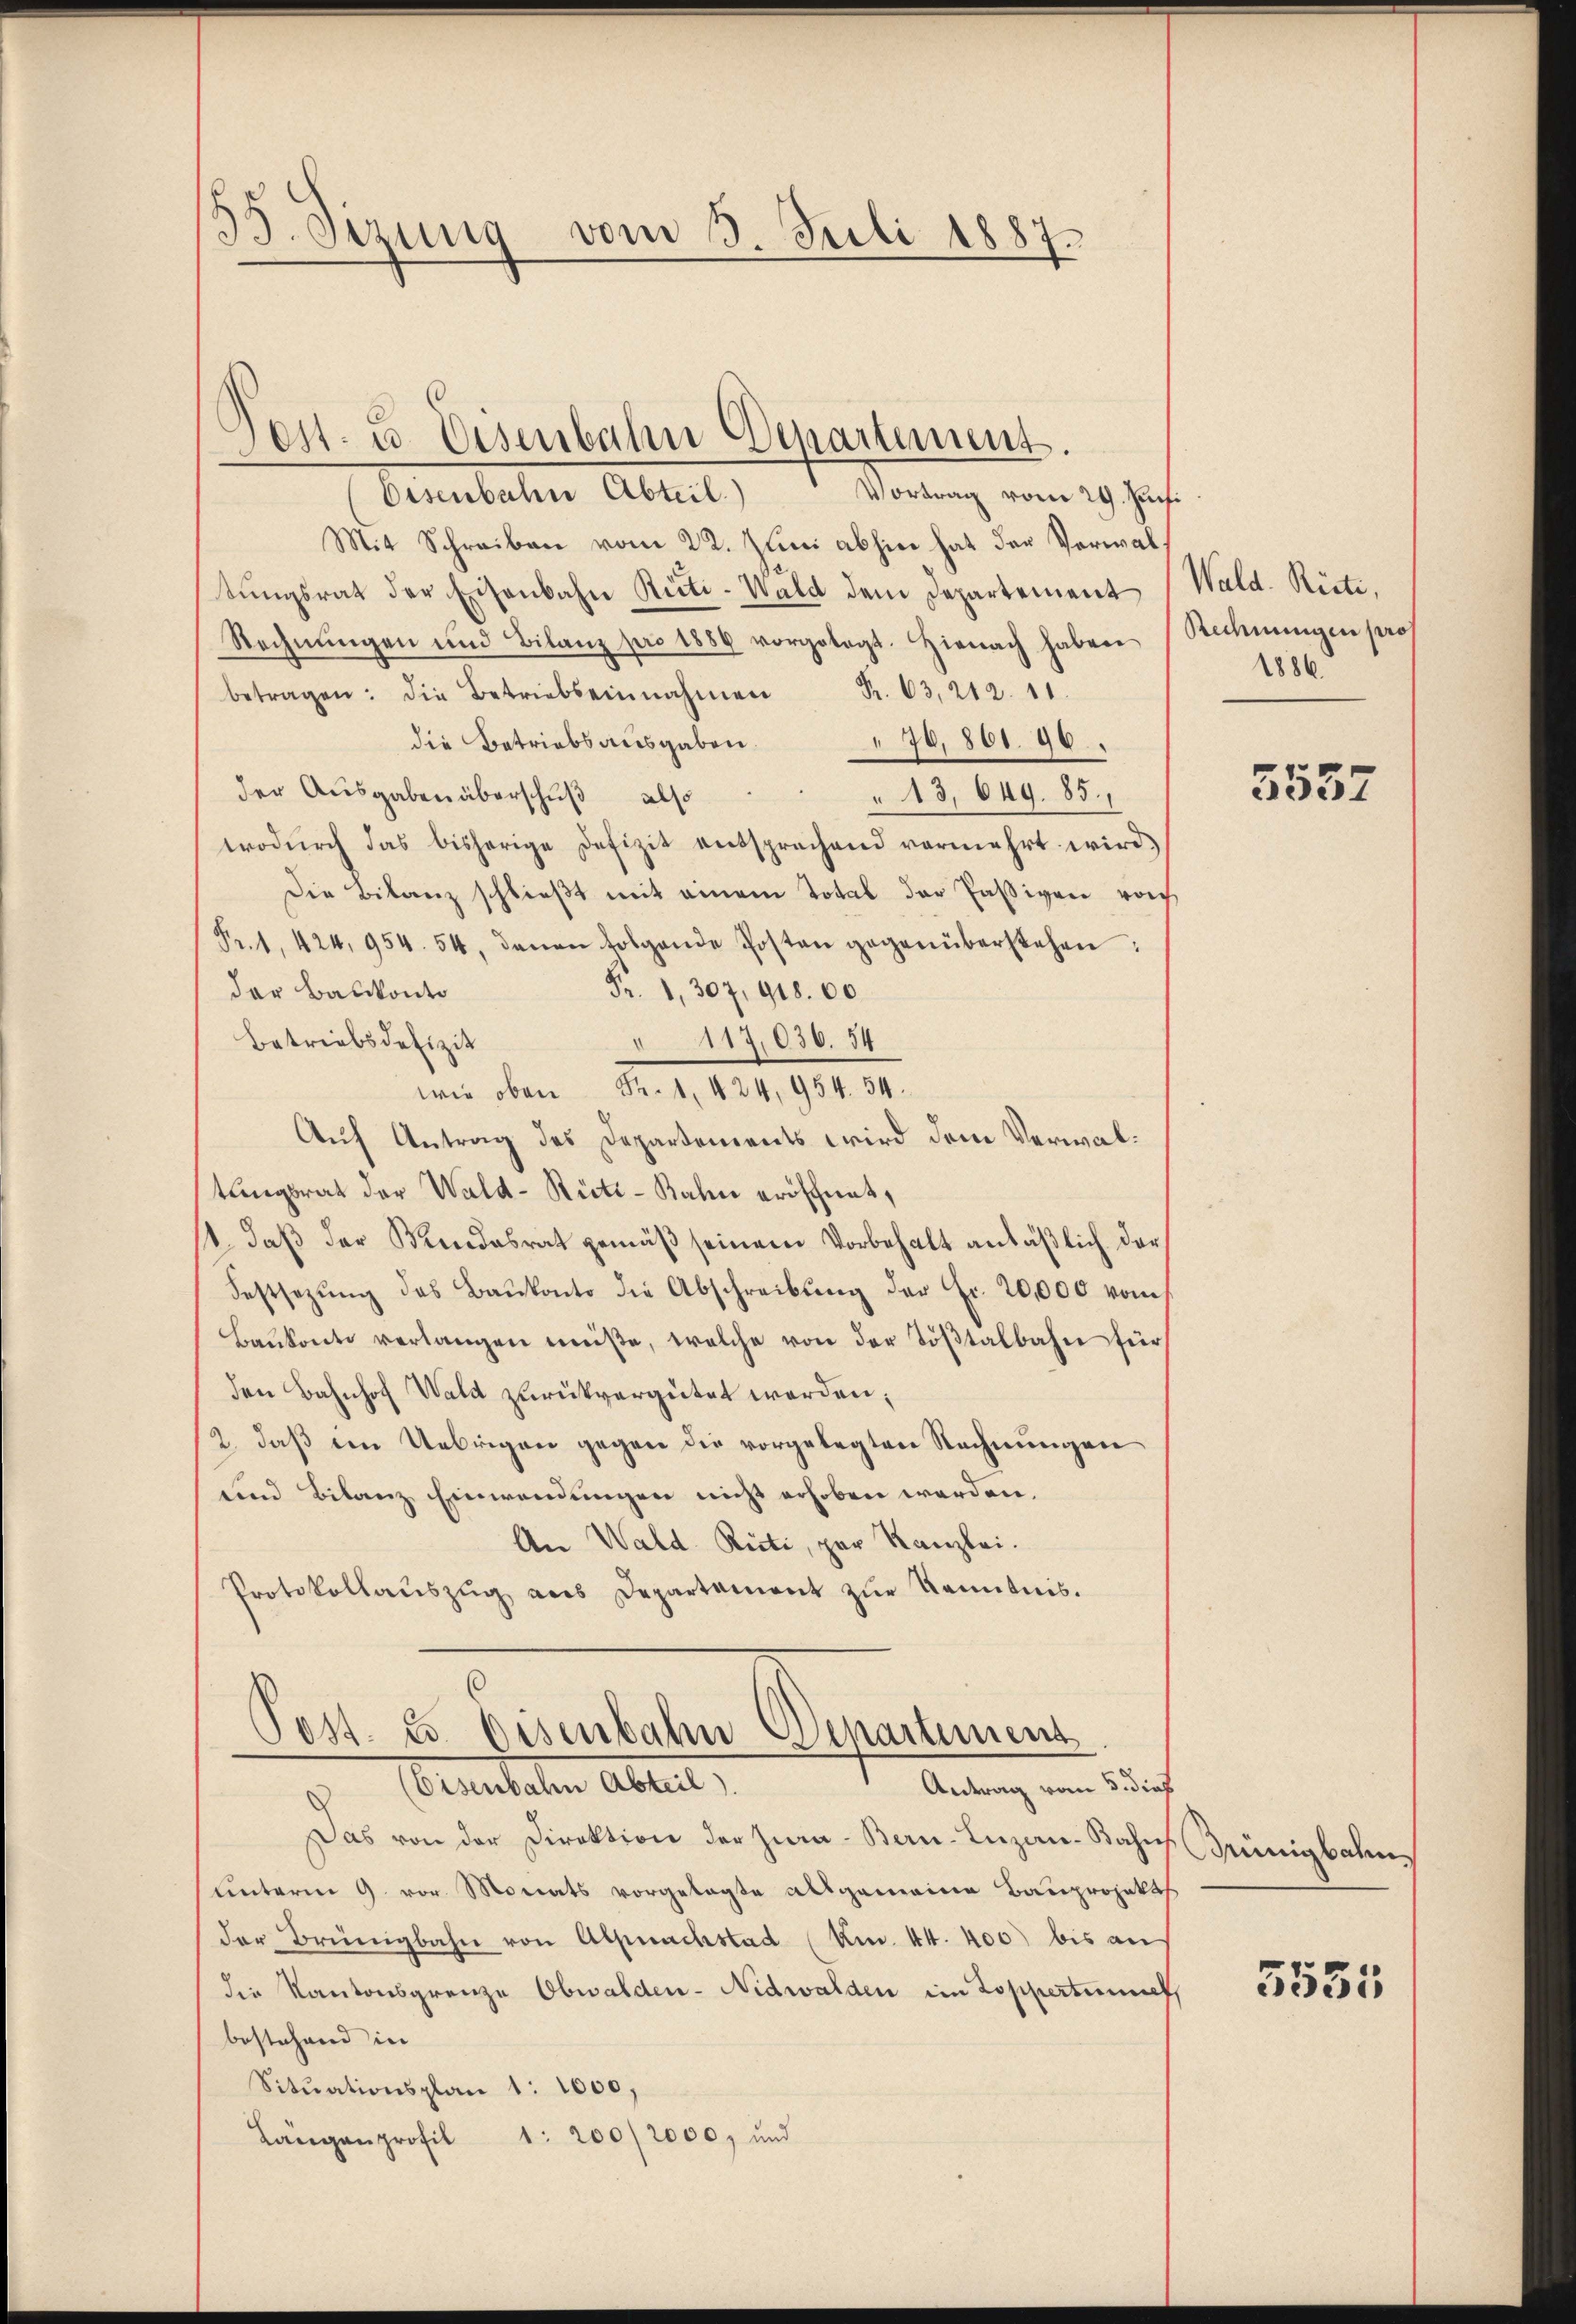
35. Sizung vom 3. Juli 1887.

Eisenbahn Abteil. Vortrag vom 29. Jun.
Mit Schreiben vom 22. Juni abhin hat der Verwaltŭngsrat der Eisenbahn Reiti-Wald dem Departement
Rechnŭngen und Bilanz pro 1886 vorgelegt. Hienach haben (Rechnŭngen pro
betragen: die Betriebs einnahmen Fr. 63, 212. 11.
die Betriebs aŭsgaben. " 76,861. 96.
der Ausgaben überschuß also
" 13, 649. 85.
wodŭrch das bisherige Defizit entsprechend vermehrt wird.
Die Bilanz schließt mit einem Total der Passiven von
Fr. 1. 424, 954. 54, denen folgende Posten gegenüberstehen:
Fr. 1, 307, 918.00
der Balkonto
Betriebsdefizit
117,030. 54
wie oben Fr. 1. 424, 954. 34.
Auf Antrag des Departements wird dem Verwaltungsrat der Wald-Rüti-Bahn eröschnet,
t. daβ der Mindesrat gemäβ seinem Vorbehalt anläβlich der
Festsezŭng des Baŭkonto die Abschreibŭng der Fr. 20,000 vom
Baŭkonte verlangen müße, welche von der Töβtalbahn für
den Bahnhof Wald zurückvergütet werden;
2. daß im Uebrigen gegen die vorgelegten Rechnungen
und Bilanz Einwendungen nicht erhoben werden.
An Wald. Ricti, per Kanzlei.
Protokollaŭszŭg ans Departament zŭr Kenntnis.
Post. u. Eisenbahn Departement
(Eisenbahn Abteil).
Antrag vom 5. dies
Das von der Direktion der Jura - Bern-Luzan-Jahrs Grünigbahns
unterm 9. vor Monats vorgelegte allgemeine Bauprojekts
der Brüngbahn von Alpnachstad (Km. 44. 400 bis an
die Kantonsgrenze Obwalden- Nidwalden im Dopperteme
bestehend in
Situationsplan 1: 1000,
Längen profil 1: 200/2000, und

Ten- u. Disenbahn Departement.

Wald. Riete,
1886

5552

5551